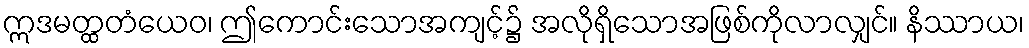
ဣဒမတ္ထတံယေဝ၊ ဤကောင်းသောအကျင့်၌ အလိုရှိသောအဖြစ်ကိုလာလျှင်။ နိဿာယ၊